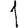
Digit: 1